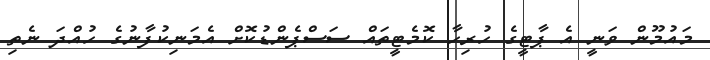
މައުމޫން ވަނީ އެ ޕާޓީގެ ހުރިހާ ކޮމެޓީތައް ސަސްޕެންޑުކޮށް އެމަނިކުފާނުގެ ހުއްދަ ނެތި